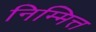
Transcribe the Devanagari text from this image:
निम्मित्त